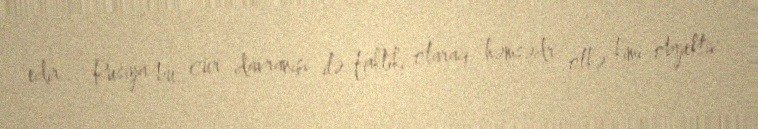
edir... Rusiya bu cür davranışı ilə faktiki olaraq həmsədr ölkə kimi obyektiv